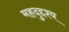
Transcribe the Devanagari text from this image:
महदुद्दश्य